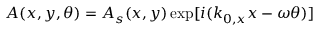
A ( x , y , \theta ) = A _ { s } ( x , y ) \exp [ i ( k _ { 0 , x } x - \omega \theta ) ]